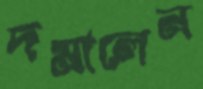
দমালেন